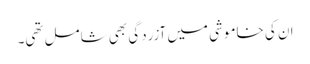
ان کی خاموشی میں آزردگی بھی شامل تھی۔